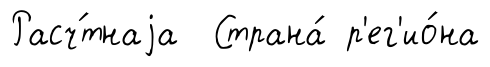
Расч́тнаjа Страна́ р'ег'ио́на